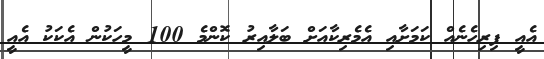
އެއީ ފިރިހެނެއް ކަމަށާއި އެމެރިކާއަށް ބަލާއިރު ކޮންމެ 100 މީހަކުން އެކަކު އެއީ